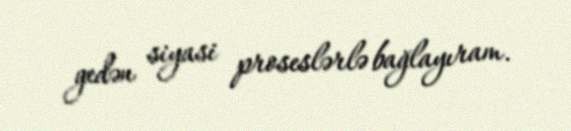
gedən siyasi proseslərlə bağlayıram.